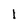
Character: l